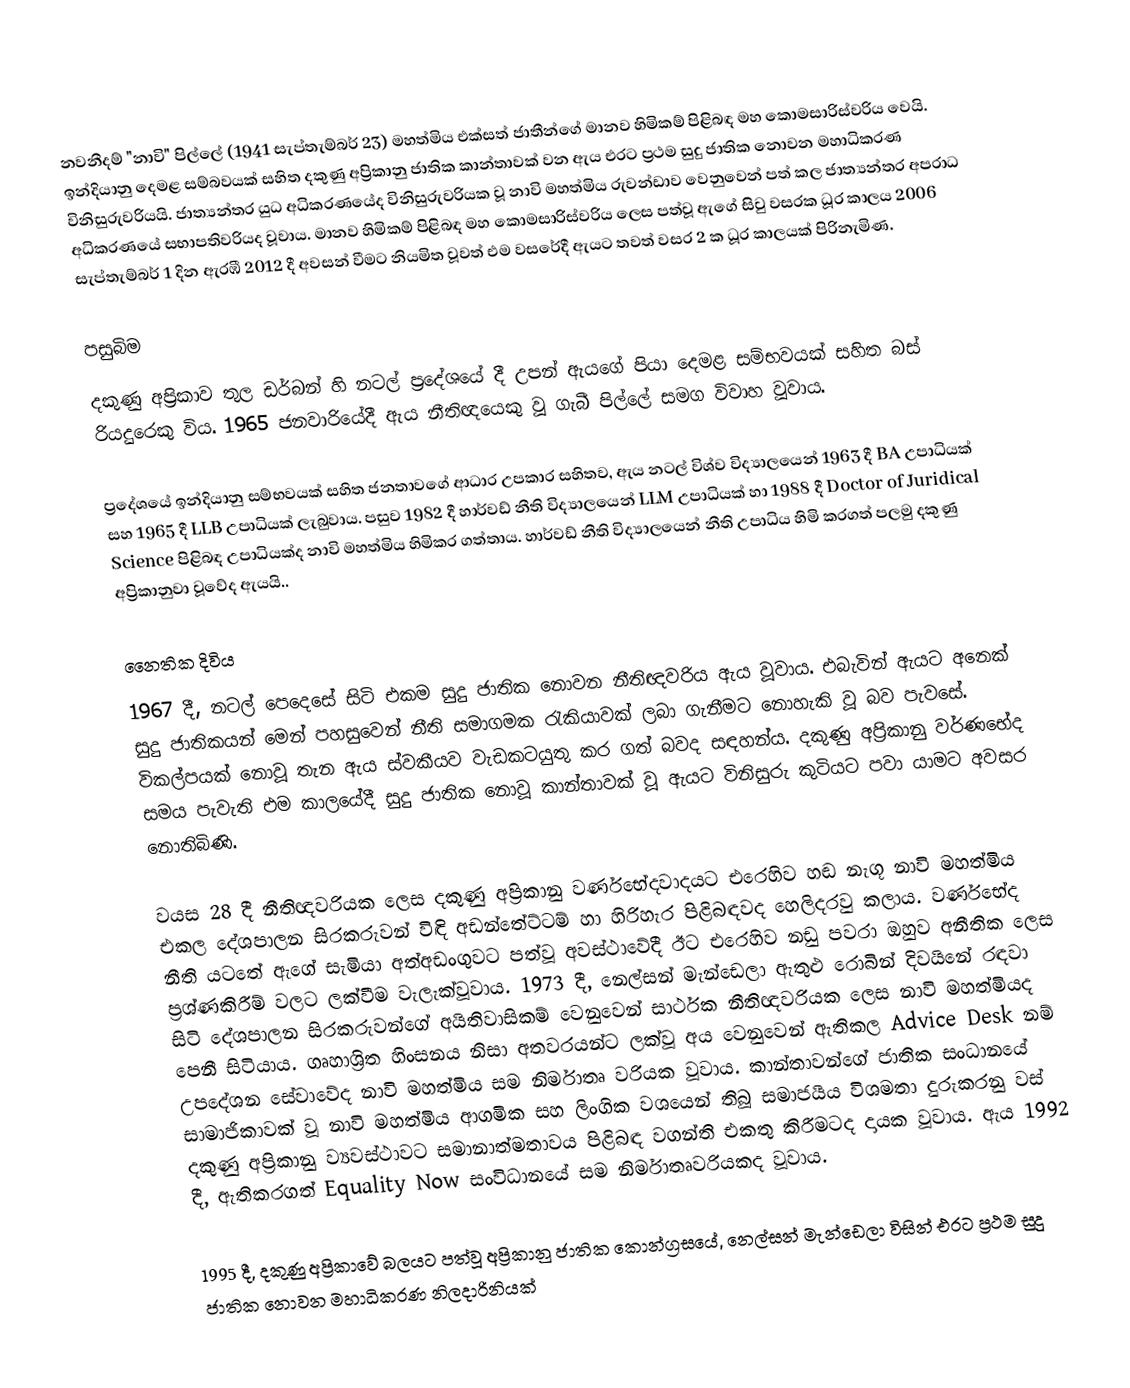
නවනීදම් "නාවි" පිල්ලේ (1941 සැප්තැම්බර් 23) මහත්මිය එක්සත් ජාතීන්ගේ මානව හිමිකම් පිළිබඳ මහ කොමසාරිස්වරිය වෙයි. ඉන්දියානු දෙමළ සම්බවයක් සහිත දකුණු අප්‍රිකානු ජාතික කාන්තාවක් වන ඇය එරට ප්‍රථම සුදු ජාතික නොවන මහාධිකරණ විනිසුරුවරියයි. ජාත්‍යන්තර යුධ අධිකරණයේද විනිසුරුවරියක වූ නාවි මහත්මිය රුවන්ඩාව වෙනුවෙන් පත් කල ජාත්‍යන්තර අපරාධ අධිකරණයේ සභාපතිවරියද වූවාය. මානව හිමිකම් පිළිබඳ මහ කොමසාරිස්වරිය ලෙස පත්වූ ඇගේ සිවු වසරක ධූර කාලය 2006 සැප්තැම්බර් 1 දින ඇරඹී 2012 දී අවසන් වීමට නියමිත වූවත් එම වසරේදී ඇයට තවත් වසර 2 ක ධූර කාලයක් පිරිනැමිණ.

පසුබිම
දකුණු අප්‍රිකාව තුල ඩර්බන් හි නටල් ප්‍රදේශයේ දී උපන් ඇයගේ පියා දෙමළ සම්භවයක් සහිත බස් රියදුරෙකු විය.   1965 ජනවාරියේදී ඇය නීතිඥයෙකු වූ ගැබී පිල්ලේ සමග විවාහ වූවාය.

ප්‍රදේශයේ ඉන්දියානු සම්භවයක් සහිත ජනතාවගේ ආධාර උපකාර සහිතව, ඇය නටල් විශ්ව විද්‍යාලයෙන් 1963 දී BA උපාධියක් සහ 1965 දී LLB උපාධියක් ලැබුවාය. පසුව 1982 දී හාර්වඩ් නීති විද්‍යාලයෙන් LLM උපාධියක් හා 1988 දී Doctor of Juridical Science පිළිබඳ උපාධියක්ද නාවි මහත්මිය හිමිකර ගත්තාය. හාර්වඩ් නීති විද්‍යාලයෙන් නීති උපාධිය හිමි කරගත් පලමු දකුණු අප්‍රිකානුවා වූවේද ඇයයි..

නෛතික දිවිය
1967 දී, නටල් පෙදෙසේ සිටි එකම සුදු ජාතික නොවන  නීතිඥවරිය ඇය වූවාය.  එබැවින් ඇයට අනෙක් සුදු ජාතිකයන් මෙන් පහසුවෙන් නීති සමාගමක රැකියාවක් ලබා ගැනීමට නොහැකි වූ බව පැවසේ. විකල්පයක් නොවූ තැන ඇය ස්වකීයව වැඩකටයුතු කර ගත් බවද සඳහන්ය.  දකුණු අප්‍රිකානු වර්ණභේද සමය පැවැති එම කාලයේදී සුදු ජාතික නොවූ කාන්තාවක් වූ ඇයට විනිසුරු කුටියට පවා යාමට අවසර නොතිබිණි.

වයස 28 දී නීතිඥවරියක ලෙස දකුණු අප්‍රිකානු වර්ණභේදවාදයට එරෙහිව හඬ නැගූ නාවි මහත්මිය එකල දේශපාලන සිරකරුවන් විඳි අඩන්තේට්ටම් හා හිරිහැර පිළිබඳවද හෙලිදරවු කලාය.    වර්ණභේද නීති යටතේ ඇගේ සැමියා අත්අඩංගුවට පත්වූ අවස්ථාවේදී ඊට එරෙහිව නඩු පවරා ඔහුව අනීතික ලෙස ප්‍රශ්ණකිරීම් වලට ලක්වීම වැලැක්වූවාය.  1973 දී, නෙල්සන් මැන්ඩෙලා ඇතුළු රොබින් දිවයිනේ රඳවා සිටි දේශපාලන සිරකරුවන්ගේ අයිතිවාසිකම් වෙනුවෙන්  සාර්ථක නීතිඥවරියක ලෙස නාවි මහත්මියද පෙනී සිටියාය.  ගෘහාශ්‍රිත හිංසනය නිසා අතවරයන්ට ලක්වූ අය වෙනුවෙන් ඇතිකල Advice Desk නම් උපදේශන සේවාවේද නාවි මහත්මිය සම නිර්මාතෘ වරියක වූවාය.  කාන්තාවන්ගේ ජාතික සංධානයේ සාමාජිකාවක් වූ නාවි මහත්මිය ආගමික සහ ලිංගික වශයෙන් තිබූ සමාජයීය විශමතා දුරුකරනු වස් දකුණු අප්‍රිකානු ව්‍යවස්ථාවට සමානාත්මතාවය පිළිබඳ වගන්ති එකතු කිරීමටද දායක වූවාය. ඇය 1992 දී, ඇතිකරගත් Equality Now සංවිධානයේ සම නිර්මාතෘවරියකද වූවාය.

1995 දී, දකුණු අප්‍රිකාවේ බලයට පත්වූ අප්‍රිකානු ජාතික කොන්ග්‍රසයේ, නෙල්සන් මැන්ඩෙලා විසින් එරට ප්‍රථම සුදු ජාතික නොවන මහාධිකරණ නිලදාරිනියක්